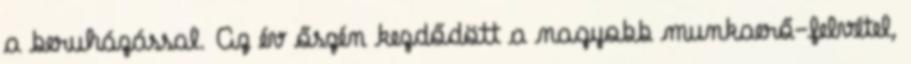
a beruházással. Az év őszén kezdődött a nagyobb munkaerő-felvétel,